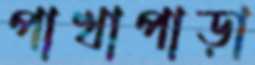
পাখাপাড়া